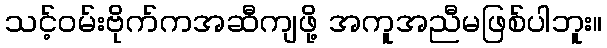
သင့်ဝမ်းဗိုက်ကအဆီကျဖို့ အကူအညီမဖြစ်ပါဘူး။